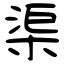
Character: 渠